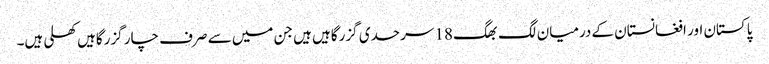
پاکستان اور افغانستان کے درمیان لگ بھگ 18 سرحدی گزرگاہیں ہیں جن میں سے صرف چار گزرگاہیں کھلی ہیں۔